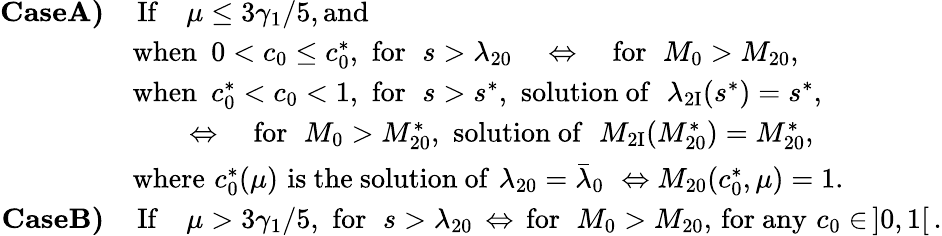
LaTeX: \begin{array}{rl}{\textbf{CaseA)}}&{\, \mathrm{If}\quad\mu\leq{3\gamma_{1}}/{5},\mathrm{and~}}\\ &{\mathrm{when}\, \, \, 0<c_{0}\leq c_{0}^{*},\, \, \mathrm{for~}\, \, s>\lambda_{20}\quad\Leftrightarrow\quad\mathrm{for~}\, \, M_{0}>M_{20},}\\ &{\mathrm{when}\, \, \, c_{0}^{*}<c_{0}<1,\, \, \mathrm{for~}\, \, s>s^{*},\, \, \mathrm{solution~of~}\, \, \lambda_{\mathrm{2I}}(s^{*})=s^{*},}\\ &{\qquad\Leftrightarrow\quad\mathrm{for~}\, \, M_{0}>M_{20}^{*},\, \, \mathrm{solution~of~}\, \, M_{\mathrm{2I}}(M_{20}^{*})=M_{20}^{*},}\\ &{\mathrm{where}\, \, {c}_{0}^{*}(\mu)\, \, \mathrm{is~the~solution~of}\, \, \lambda_{20}=\bar{\lambda}_{0}\, \, \Leftrightarrow M_{20}(c_{0}^{*},\mu)=1.}\\ {\textbf{CaseB)}}&{\, \mathrm{If}\quad\mu>{3\gamma_{1}}/{5},\, \, \mathrm{for~}\, \, s>\lambda_{20}\, \Leftrightarrow\, \mathrm{for~}\, \, M_{0}>M_{20},\, \mathrm{for~any}\, \, c_{0}\in\, ]0,1[\, .}\end{array}